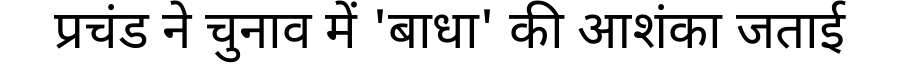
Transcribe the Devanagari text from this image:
प्रचंड ने चुनाव में 'बाधा' की आशंका जताई